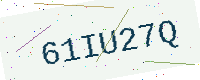
Text: 61IU27Q